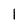
Character: 1